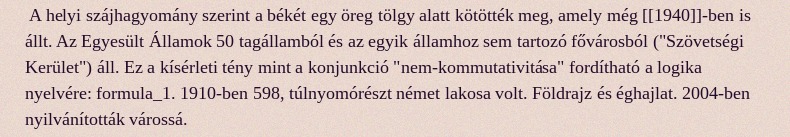
A helyi szájhagyomány szerint a békét egy öreg tölgy alatt kötötték meg, amely még [[1940]]-ben is állt. Az Egyesült Államok 50 tagállamból és az egyik államhoz sem tartozó fővárosból ("Szövetségi Kerület") áll. Ez a kísérleti tény mint a konjunkció "nem-kommutativitása" fordítható a logika nyelvére: formula_1. 1910-ben 598, túlnyomórészt német lakosa volt. Földrajz és éghajlat. 2004-ben nyilvánították várossá.